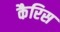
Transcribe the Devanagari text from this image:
कैरिस